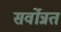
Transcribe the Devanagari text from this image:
सर्वोन्नत